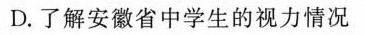
D.了解安徽省中学生的视力情况